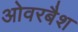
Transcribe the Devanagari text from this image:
ओवरबैश